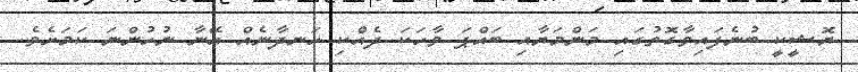
ޔޮޝީކީ ބުނެފައިވާގޮތުގައި މަންމަޔާއި ބައްޕަ ވާހަކަ ދެއްކި ހަނދާނެއް އޭނާ ނުހުންނަ ކަމަށެވެ.